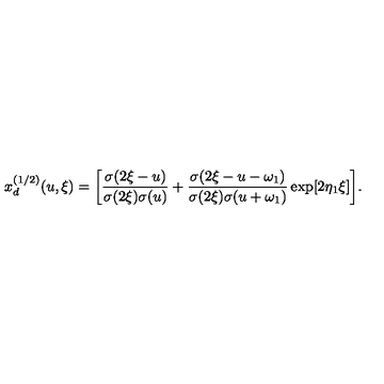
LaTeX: x _ { d } ^ { ( 1 / 2 ) } ( u , \xi ) = \biggl [ { \frac { \sigma ( 2 \xi - u ) } { \sigma ( 2 \xi ) \sigma ( u ) } } + { \frac { \sigma ( 2 \xi - u - \omega _ { 1 } ) } { \sigma ( 2 \xi ) \sigma ( u + \omega _ { 1 } ) } } \exp [ 2 \eta _ { 1 } \xi ] \biggr ] .